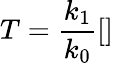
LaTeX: T=\frac{k_{1}}{k_{0}}\left[\right]